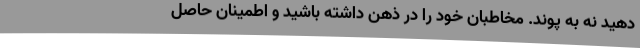
دهید نه به پوند. مخاطبان خود را در ذهن داشته باشید و اطمینان حاصل